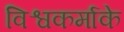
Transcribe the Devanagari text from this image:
विश्वकर्माके